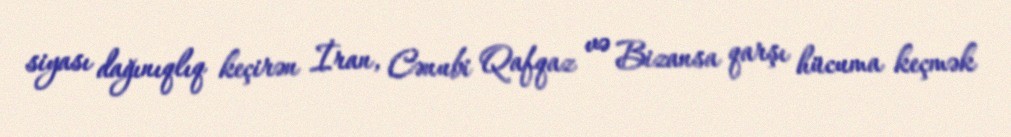
siyası dağınıqlıq keçirən İran, Cənubi Qafqaz və Bizansa qarşı hücuma keçmək